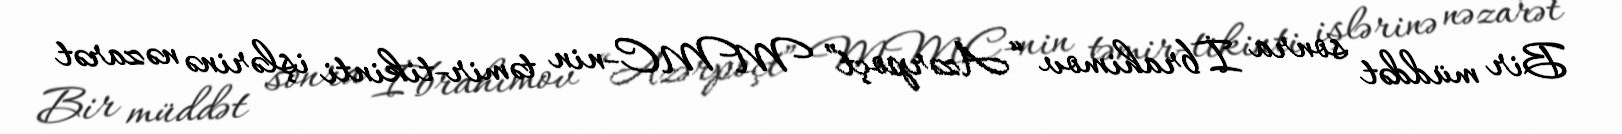
Bir müddət sonra İbrahimov “Azərpoçt” MMC-nin təmir-tikinti işlərinə nəzarət